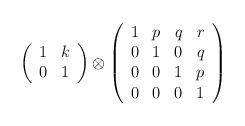
LaTeX: \begin{align*}\left(\begin{array}{cc}1 & k \\0 & 1 \\\end{array}\right ) \otimes \left(\begin{array}{cccc}1 & p & q & r \\0 & 1 & 0 & q \\0 & 0 & 1 & p \\0 & 0 & 0 & 1 \\\end{array}\right )\end{align*}